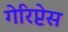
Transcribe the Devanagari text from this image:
गेरिप्टेस